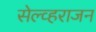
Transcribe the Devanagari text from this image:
सेल्व्हराजन